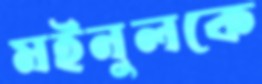
মইনুলকে